Investigations on Bengal jail dietaries - Number 37
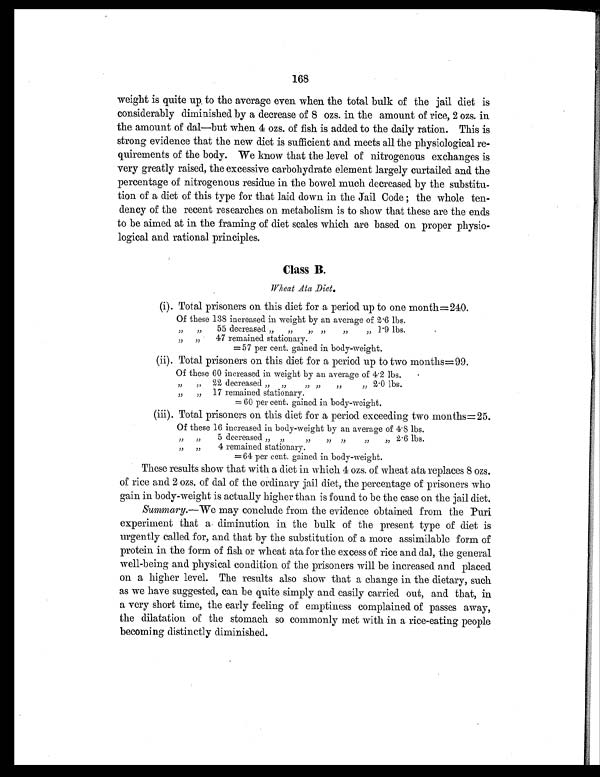
168
weight is quite up to the average even when the total bulk of the jail diet is
considerably diminished by a decrease of 8 ozs. in the amount of rice, 2 ozs. in
the amount of dal—but when 4 ozs. of fish is added to the daily ration. This is
strong evidence that the new diet is sufficient and meets all the physiological re-
quirements of the body. We know that the level of nitrogenous exchanges is
very greatly raised, the excessive carbohydrate element largely curtailed and the
percentage of nitrogenous residue in the bowel much decreased by the substitu-
tion of a diet of this type for that laid down in the Jail Code ; the whole ten-
dency of the recent researches on metabolism is to show that these are the ends
to be aimed at in the framing of diet scales which are based on proper physio-
logical and rational principles.
Class B.
Wheat Ata Diet.
(i). Total prisoners on this diet for a period up to one month=240.
Of these 138 increased in weight by an average of 2.6 lbs.
"
"
55 decreased "
"
" "
"
" 1.9 lbs.
"
"
47 remained stationary.
=57 per cent. gained in body-weight.
(ii). Total prisoners on this diet for a period up to two months= 99.
Of these 60 increased in weight by an average of 4.2 lbs.
"
"
22 decreased " "
"
"
"
"
2.0 lbs.
"
"
17 remained stationary.
= 60 per cent. gained in body-weight.
(iii). Total prisoners on this diet for a period exceeding two months=25.
Of these 16 increased in body-weight by an average of 4.8 lbs.
"
"
5 decreased " "
" " "
"
" 2.6 lbs.
"
"
4 remained stationary.
= 64 per cent. gained in body-weight.
These results show that with a diet in which 4 ozs. of wheat ata replaces 8 ozs.
of rice and 2 ozs. of dal of the ordinary jail diet, the percentage of prisoners who
gain in body-weight is actually higher than is found to be the case on the jail diet.
Summary.—We may conclude from the evidence obtained from the Puri
experiment that a diminution in the bulk of the present type of diet is
urgently called for, and that by the substitution of a more assimilable form of
protein in the form of fish or wheat ata for the excess of rice and dal, the general
well-being and physical condition of the prisoners will be increased and placed
on a higher level. The results also show that a change in the dietary, such
as we have suggested, can be quite simply and easily carried out, and that, in
a very short time, the early feeling of emptiness complained of passes away,
the dilatation of the stomach so commonly met with in a rice-eating people
becoming distinctly diminished.